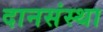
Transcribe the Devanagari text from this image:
दानसंस्था